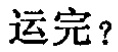
运完？